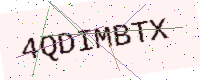
Text: 4QDIMBTX